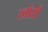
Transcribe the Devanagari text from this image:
खोसी